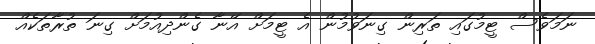
ނަމަވެސް ޓީމުގައި ތަރިން ގިނަވުމުން އެ ޓީމަށް އޭނާ ގެންދިއުމަށް ގިނަ ތުރާތަކެއް